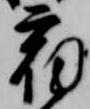
宿